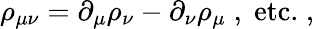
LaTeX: \rho_{\mu\nu}=\partial_{\mu}\rho_{\nu}-\partial_{\nu}\rho_{\mu}\; ,\; \mathrm{etc.}\; ,